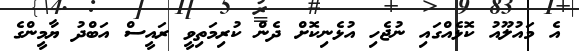
އެ މައުލޫއު ކޮޅެއްގައި ނުޖެހި އުޅެނިކޮށް ދެން ކުރިމަތިވީ ރައީސް އަބްދު ޔާމީންގެ